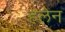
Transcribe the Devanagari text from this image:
हलेन